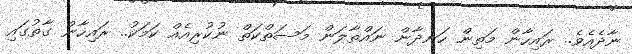
ނާދެއެވެ.. ރައިހާން މަތިން ހަނދާން ނައްތާލަން މަސަތްކަތް ނުކުރިއެއް ކަމަކު.. ރައިހާން ގާތުގައި